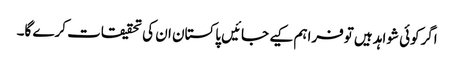
اگرکوئی شواہد ہیں توفراہم کیے جائیں پاکستان ان کی تحقیقات کرے گا۔